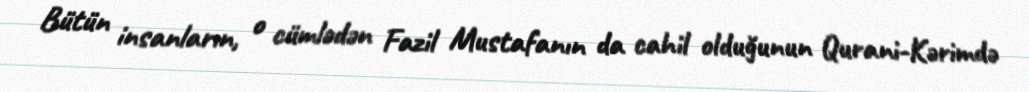
Bütün insanların, o cümlədən Fazil Mustafanın da cahil olduğunun Qurani-Kərimdə